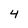
Character: 4